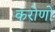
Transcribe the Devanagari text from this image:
करोणों